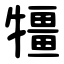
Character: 㹔